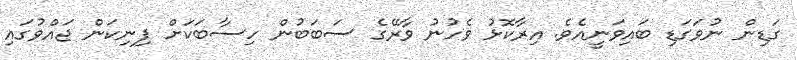
ގަޑިން ނުވަގަޑި ބައިވަނީއެވެ. އިރާކޮޅު ވެހުނު ވާރޭގެ ސަބަބުން ހިސާބަކަށް ފިނިކަން ޖައްވުގައި